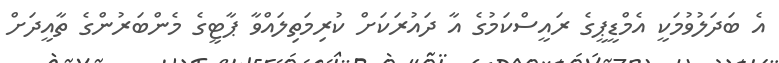
އެ ބަދަލުވުމަކީ އެމްޑީޕީގެ ރައީސްކަމުގެ އާ ދައުރަކަށް ކުރިމަތިލައްވާ ޕާޓީގެ މެންބަރުންގެ ތާއީދަށް